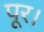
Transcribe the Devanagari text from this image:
पूर।